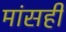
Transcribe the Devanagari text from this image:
मांसही